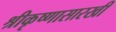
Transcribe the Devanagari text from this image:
श्रीकृष्णासारखी